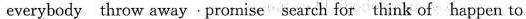
everybody throw away.Promise search for think of happen to